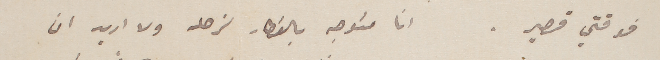
فوقتي قصير . انا متوجه بالقطار لزحله ولا اريد ان